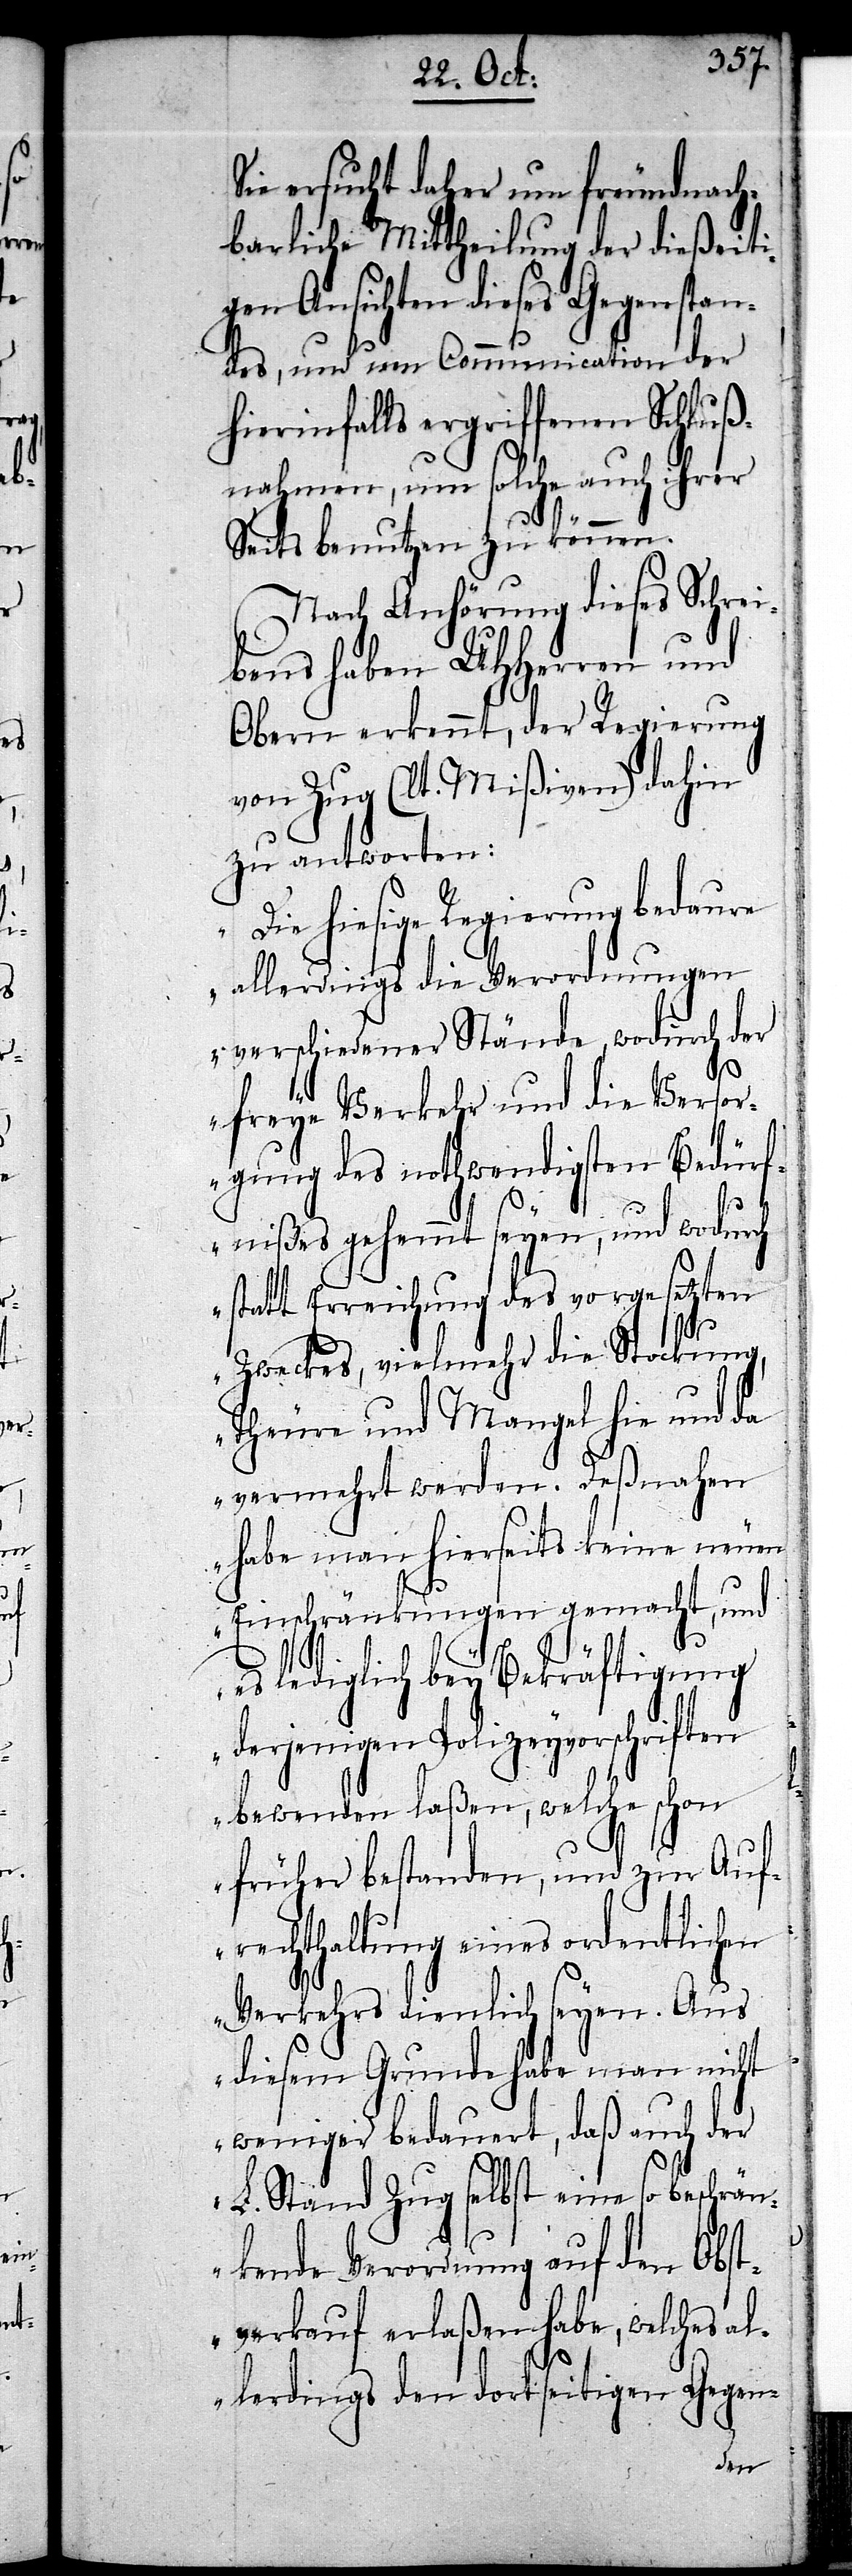
Sie ersucht daher um freundnach¬
barliche Mittheilung der dießeiti¬
gen Ansichten dieses Gegenstan¬
des, und um Communication der
hierinfalls ergriffenen Schluß¬
nahmen, um solche auch ihrer
Seits benutzen zu können.
Nach Anhörung dieses Schrei¬
bens haben UHHerren und
Obern erkennt, der Regierung
von Zug (lt. Mißiven) dahin
zu antworten:
„Die hiesige Regierung bedaure
allerdings die Verordnungen
verschiedener Stände, wodurch der
freye Verkehr und die Versor¬
gung des nothwendigen Bedürf¬
nißes gehemmt seyen, und wodurch
statt Erreichung des vorgesetzten
Zweckes, vielmehr die Stockung,
Theure und Mangel hie und da
vermehrt werden. Deßnahen
habe man hierseits keine neuen
Einschränkungen gemacht, und
es lediglich bey Bekräftigung
derjenigen Polizeyvorschriften
bewenden laßen, welche schon
früher bestanden, und zur Auf¬
rechthaltung eines ordentlichen
Verkehrs dienlich seyen. Aus
diesem Grunde habe man nicht
weniger bedauert, daß auch der
L. Stand Zug selbst eine so beschrän¬
kende Verordnung auf den Obst¬
verkauf erlaßen habe, welches al¬
lerdings den dortseitigen Gegen-